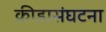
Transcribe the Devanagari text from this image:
क्रीडासंघटना